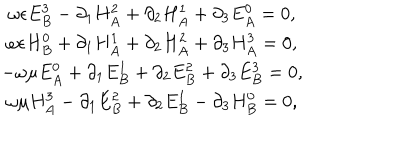
\begin{array} { c } { { \omega \epsilon E _ { B } ^ { 3 } - \partial _ { 1 } H _ { A } ^ { 2 } + \partial _ { 2 } H _ { A } ^ { 1 } + \partial _ { 3 } E _ { A } ^ { 0 } = 0 , } } \\ { { \omega \epsilon H _ { B } ^ { 0 } + \partial _ { 1 } H _ { A } ^ { 1 } + \partial _ { 2 } H _ { A } ^ { 2 } + \partial _ { 3 } H _ { A } ^ { 3 } = 0 , } } \\ { { - \omega \mu E _ { A } ^ { 0 } + \partial _ { 1 } E _ { B } ^ { 1 } + \partial _ { 2 } E _ { B } ^ { 2 } + \partial _ { 3 } E _ { B } ^ { 3 } = 0 , } } \\ { { \omega \mu H _ { A } ^ { 3 } - \partial _ { 1 } E _ { B } ^ { 2 } + \partial _ { 2 } E _ { B } ^ { 1 } - \partial _ { 3 } H _ { B } ^ { 0 } = 0 , } } \\ \end{array}